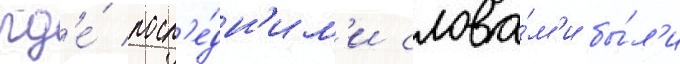
гд'е́ посл'е́дн'им'и слова́м'и бы́л'и